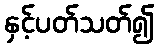
နှင့်ပတ်သတ်၍